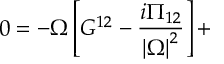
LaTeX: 0 = - \Omega \left[ G ^ { 1 2 } - \frac { i \Pi _ { 1 2 } } { \left| \Omega \right| ^ { 2 } } \right] +